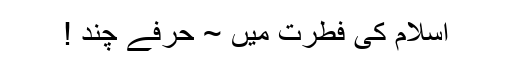
اسلام کی فطرت میں ~ حرفے چند !